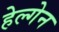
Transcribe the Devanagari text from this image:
हेल्गेन